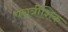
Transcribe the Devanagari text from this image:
परात्रींशिक